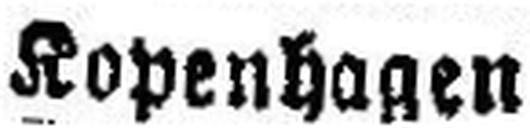
Kopenhagen